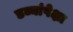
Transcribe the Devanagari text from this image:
डब्यांपेक्षा